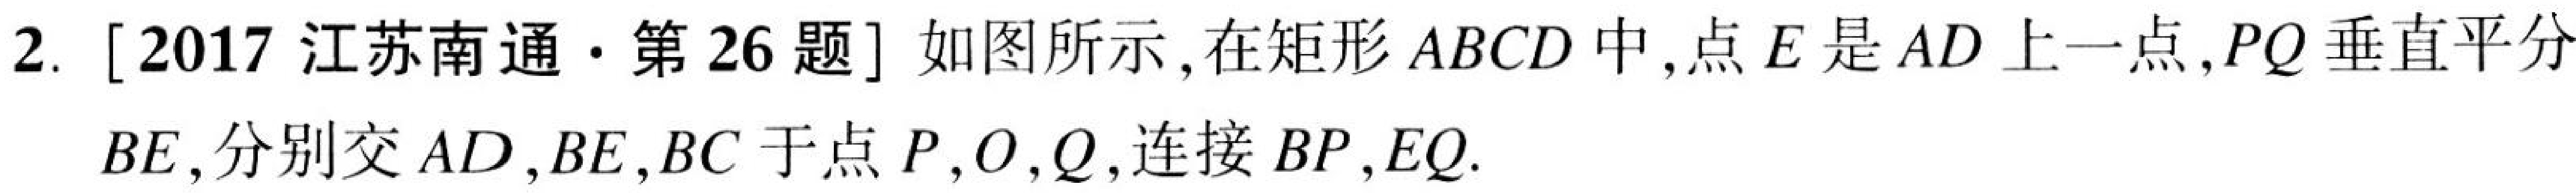
2. [2017 江苏南通·第26题] 如图所示,在矩形$ABCD$中,点$E$是$AD$上一点,$PQ$垂直平分
$BE$,分别交$AD,BE,BC$于点$P,O,Q$,连接$BP,EQ.$